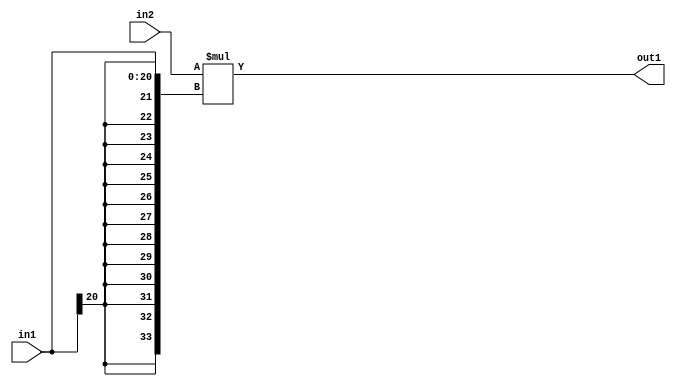
`timescale 1ps / 1ps
/*****************************************************************************
    Verilog RTL Description
    
    
    Created by: Stratus DpOpt 21.05.01 
*******************************************************************************/

module SobelFilter_Mul_32Ux21S_34S_4 (
	in2,
	in1,
	out1
	); /* architecture "behavioural" */ 
input [31:0] in2;
input [20:0] in1;
output [33:0] out1;
wire [33:0] asc001;

assign asc001 = 
	+(in2 * {{13{in1[20]}}, in1});

assign out1 = asc001;
endmodule

/* CADENCE  ubP1TQA= : u9/ySxbfrwZIxEzHVQQV8Q== ** DO NOT EDIT THIS LINE ******/